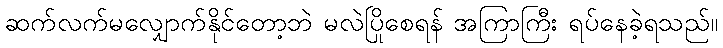
ဆက်လက်မလျှောက်နိုင်တော့ဘဲ မလဲပြိုစေရန် အကြာကြီး ရပ်နေခဲ့ရသည်။